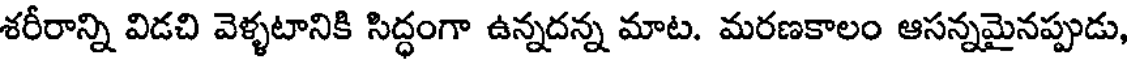
శరీరాన్ని విడచి వెళ్ళటానికి సిద్ధంగా ఉన్నదన్న మాట. మరణకాలం ఆసన్నమైనప్పుడు,